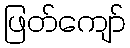
ဖြတ်ကျော်